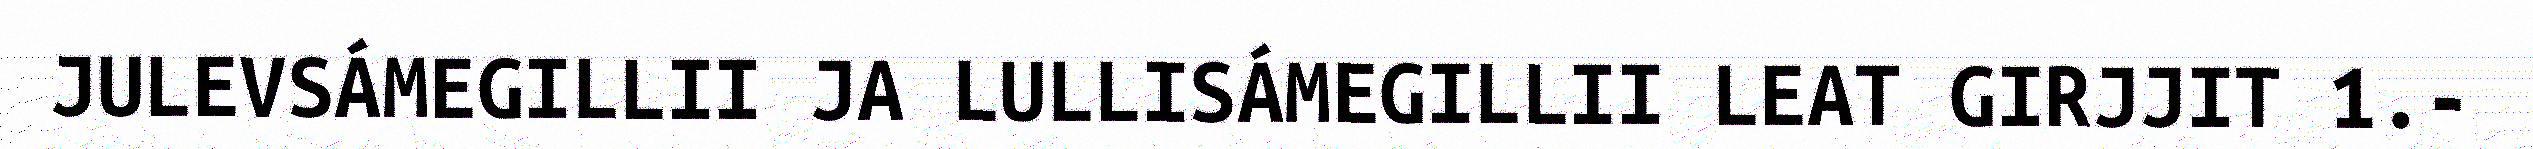
JULEVSÁMEGILLII JA LULLISÁMEGILLII LEAT GIRJJIT 1.-